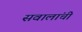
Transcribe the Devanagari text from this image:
सवालांची